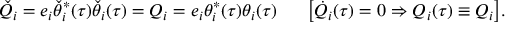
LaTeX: { \check { Q } } _ { i } = e _ { i } \check { \theta } _ { i } ^ { \ast } ( \tau ) \check { \theta } _ { i } ( \tau ) = Q _ { i } = e _ { i } \theta _ { i } ^ { \ast } ( \tau ) \theta _ { i } ( \tau ) ~ ~ ~ ~ ~ \big [ \dot { Q } _ { i } ( \tau ) = 0 \Rightarrow Q _ { i } ( \tau ) \equiv Q _ { i } \big ] .